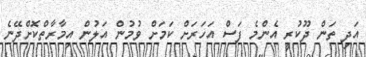
އަދި ތަން ދޫކުރީ އެންމެ ފަސް އަހަރަށް ކަމަށް ވުމުން އަލުން އިމާރާތްކޮށްދޭނެ